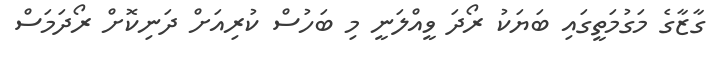
ގާޒާގެ މަގުމަތީގައި ބަޔަކު ރޯދަ ވީއްލަނީ މި ބަހުސް ކުރިއަށް ދަނިކޮށް ރޯދަމަސް